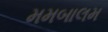
મમબાલમ